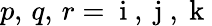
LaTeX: p,\, q,\, r={\mathrm{~i~}},{\mathrm{~j~}},{\mathrm{~k~}}